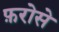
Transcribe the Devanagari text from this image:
फ़रोसे